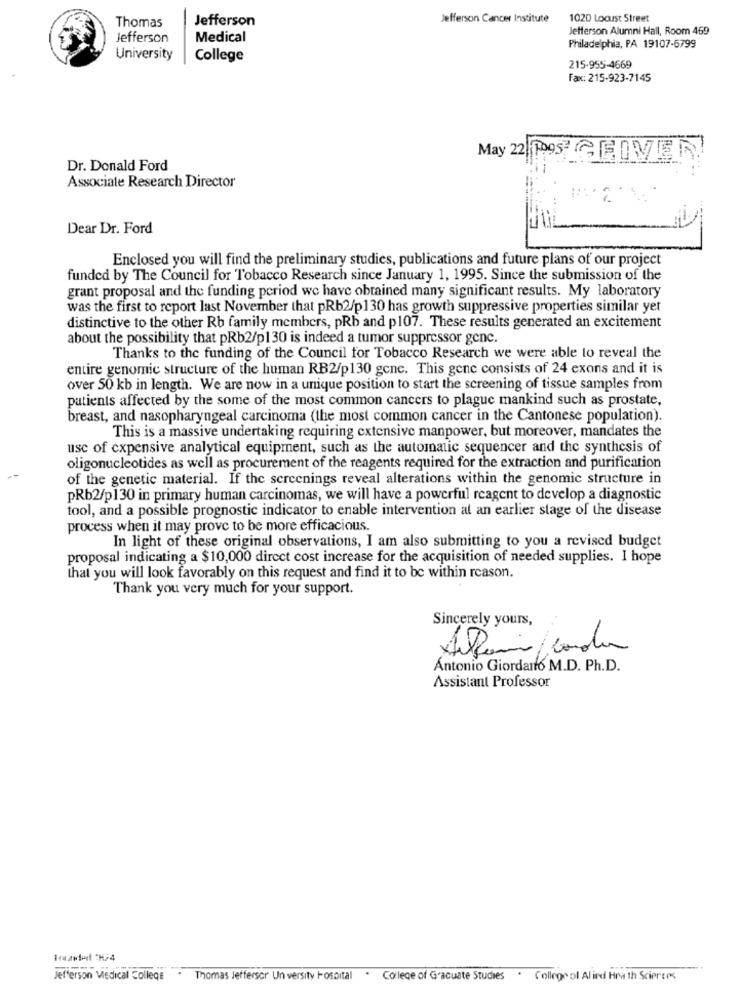
Thomas
Jefferson
Jefferson Cancer Institute
1020 Locust Street
Jefferson Alumni Hall, Room 469
Jefferson
Medical
Philadelphia, PA 19107-6799
University
College
215-955-4669
Fax: 215-923-7145
May 2 Togs GEOVER
Dr. Donald Ford
Associate Research Director
Dear Dr. Ford
Enclosed you will find the preliminary studies, publications and future plans of our project
funded by The Council for Tobacco Research since January 1, 1995. Since the submission of the
grant proposal and the funding period we have obtained many significant results. My laboratory
was the first to report last November that pRb2/p130 has growth suppressive properties similar yet
distinctive to the other Rb family members, pRb and p107. These results generated an excitement
about the possibility that pRb2/p130 is indeed a tumor suppressor genc.
Thanks to the funding of the Council for Tobacco Research we were able to reveal the
entire genomic structure of the human RB2/p130 gcnc. This gene consists of 24 exons and it is
over 50 kb in length. We are now in a unique position to start the screening of tissue samples from
patients affected by the some of the most common cancers to plague mankind such as prostate,
breast, and nasopharyngeal carcinoma (the most common cancer in the Cantonese population).
This is a massive undertaking requiring extensive manpower, but moreover, mandates the
use of expensive analytical equipment, such as the automatic sequencer and the synthesis of
oligonucleotides as well as procurement of the reagents required for the extraction and purification
of the genetic material. If the screenings reveal alterations within the genomic structure in
pRb2/p130 in primary human carcinomas, we will have a powerful reagent to develop a diagnostic
tool, and a possible prognostic indicator to enable intervention at an earlier stage of the disease
process when it may prove to be more efficacious.
In light of these original observations, I am also submitting to you a revised budget
proposal indicating a $10,000 direct cost increase for the acquisition of needed supplies. I hope
that you will look favorably on this request and find it to be within reason.
Thank you very much for your support.
Sincerely yours,
Allami /corda
Antonio Giordano M.D. Ph.D.
Assistant Professor
Imavled TH/4
Jefferson Medical College.
Thomas Jefferson Un versity hospital . College of Graduate Studies . College of Alied Health Sciences